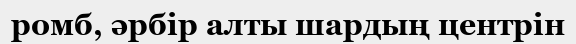
ромб, әрбір алты шардың центрін